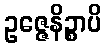
ဥဇ္ဇေနိဉ္စာပိ